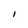
Character: l